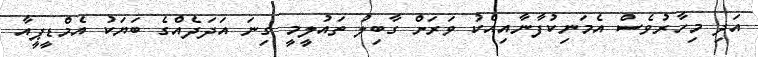
އަދި މިހާރުވެސް އެމަނިކުފާނާއިއެކު ވަރަށް ގާބިލު ތައުލީމީ ގިނަ އަދަދެއްގެ ބަޔަކު އެމްޑީޕީއާ